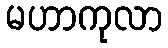
မဟာကုလာ